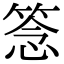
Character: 𥮘